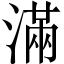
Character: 滿